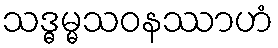
သဒ္ဓမ္မသဝနဿာဟံ